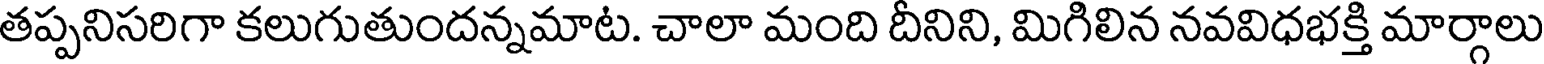
తప్పనిసరిగా కలుగుతుందన్నమాట. చాలా మంది దీనిని, మిగిలిన నవవిధభక్తి మార్గాలు